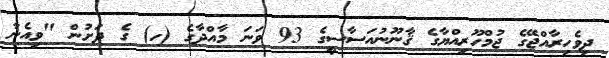
ދިވެހިރާއްޖޭގެ ޖުމްހޫރިއްޔާގެ ޤާނޫނުއަސާސީގެ 93 ވަނަ މާއްދާގެ (ހ) ގެ ދަށުން "ވިއެނާ